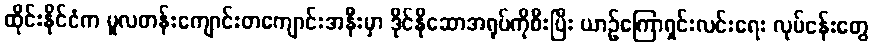
ထိုင်းနိုင်ငံက မူလတန်းကျောင်းတကျောင်းအနီးမှာ ဒိုင်နိုဆောအရုပ်ကိုစီးပြီး ယာဉ်ကြောရှင်းလင်းရေး လုပ်ငန်းတွေ